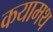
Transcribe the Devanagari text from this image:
कयामथ